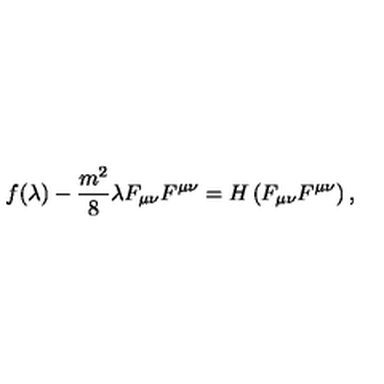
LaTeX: f ( \lambda ) - \frac { m ^ { 2 } } { 8 } \lambda F _ { \mu \nu } F ^ { \mu \nu } = H \left( F _ { \mu \nu } F ^ { \mu \nu } \right) ,